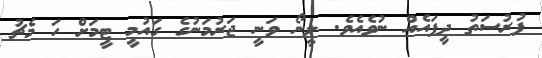
ފުރުސަތު ދީފައެއް ނުވެއެވެ. ލީނޯ ވަނީ ޖަރުމަނުގެ ގައުމީ ޓީމަށް ހަ މެޗު